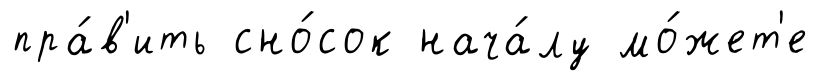
пра́в'ить сно́сок нача́лу мо́жет'е